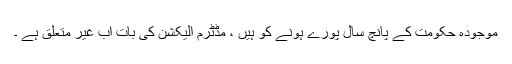
موجودہ حکومت کے پانچ سال پورے ہونے کو ہیں ، مڈٹرم الیکشن کی بات اب غیر متعلق ہے ۔